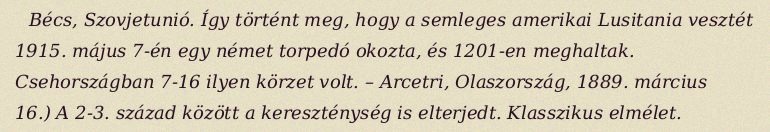
Bécs, Szovjetunió. Így történt meg, hogy a semleges amerikai Lusitania vesztét 1915. május 7-én egy német torpedó okozta, és 1201-en meghaltak. Csehországban 7-16 ilyen körzet volt. – Arcetri, Olaszország, 1889. március 16.) A 2-3. század között a kereszténység is elterjedt. Klasszikus elmélet.